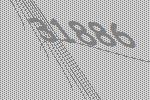
31886